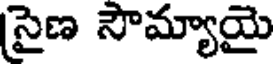
(సైణ సౌమ్యాయై